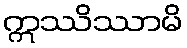
ဣဿိဿာမိ